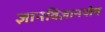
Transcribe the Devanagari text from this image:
ज्ञानविज्ञानयोग